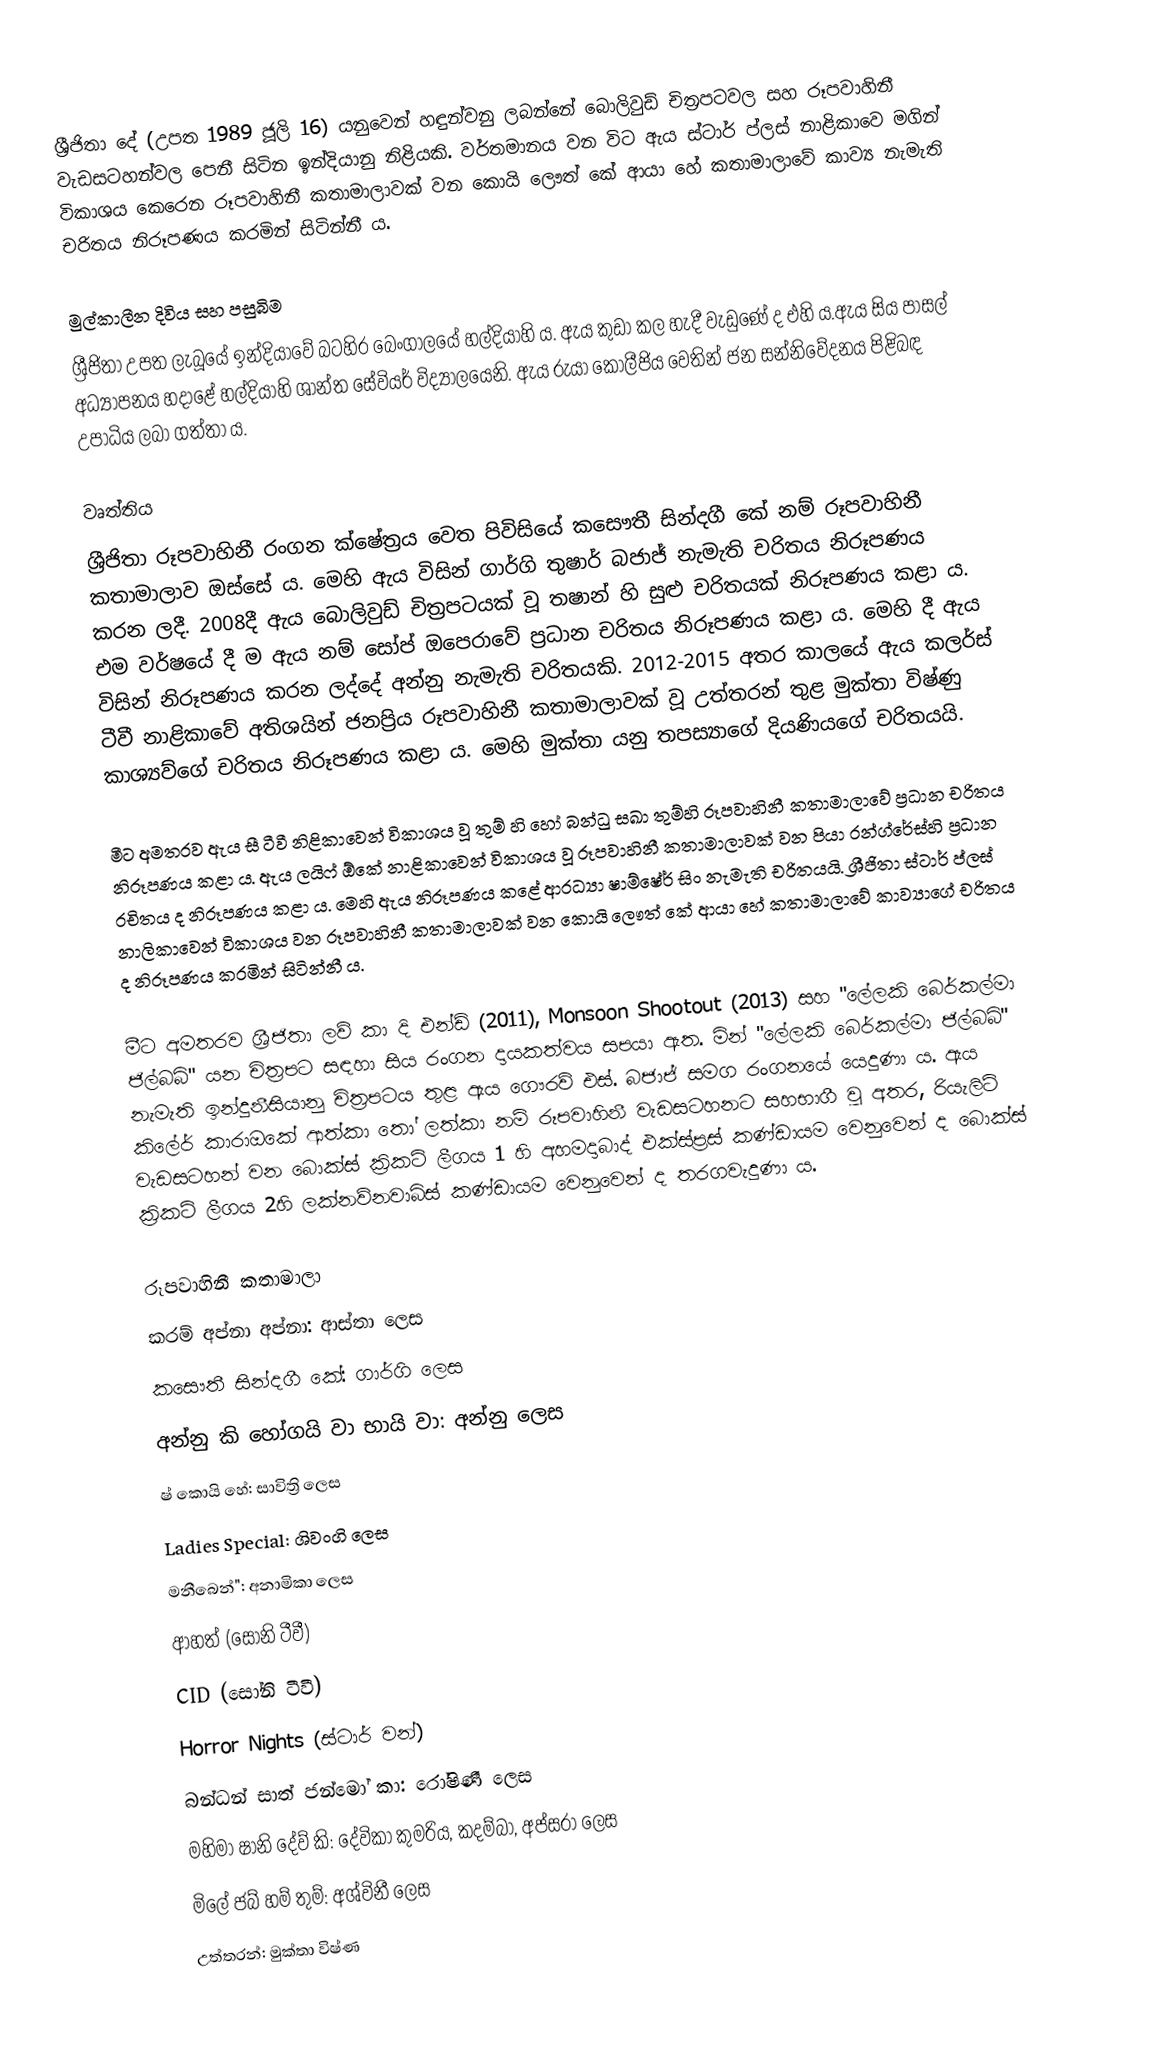
ශ්‍රීජිතා දේ (උපත 1989 ජූලි 16) යනුවෙන් හඳුන්වනු ලබන්නේ බොලිවුඩ් චිත්‍රපටවල සහ රූපවාහිනී වැඩසටහන්වල පෙනී සිටින ඉන්දියානු නිළියකි. වර්තමානය වන විට ඇය ස්ටාර් ප්ලස් නාළිකාවෙ මගින් විකාශය කෙරෙන රූපවාහිනී කතාමාලාවක් වන කොයි ලෞත් කේ ආයා හේ කතාමාලාවේ කාව්‍ය නැමැති චරිතය නිරූපණය කරමින් සිටින්නී ය.

මුල්කාලීන දිවිය සහ පසුබිම
ශ්‍රීජිතා උපත ලැබූයේ ඉන්දියාවේ බටහිර බෙංගාලයේ හල්දියාහි ය. ඇය කුඩා කල හැදී වැඩුණේ ද එහි ය.ඇය සිය පාසල් අධ්‍යාපනය හදාළේ හල්දියාහි ශාන්ත සේවියර් විද්‍යාලයෙනි. ඇය රුයා කොලීජිය වෙතින් ජන සන්නිවේදනය පිළිබඳ උපාධිය ලබා ගත්තා ය.

වෘත්තිය
ශ්‍රීජිතා රූපවාහිනී රංගන ක්ෂේත්‍රය වෙත පිවිසියේ කසෞතී සින්දගී කේ නම් රූපවාහිනී කතාමාලාව ඔස්සේ ය. මෙහි ඇය විසින් ගාර්ගි තුෂාර් බජාජ් නැමැති චරිතය නිරූපණය කරන ලදී. 2008දී ඇය බොලිවුඩ් චිත්‍රපටයක් වූ තෂාන් හි සුළු චරිතයක් නිරූපණය කළා ය. එම වර්ෂයේ දී ම ඇය නම් සෝප් ඔපෙරාවේ ප්‍රධාන චරිතය නිරූපණය කළා ය. මෙහි දී ඇය විසින් නිරූපණය කරන ලද්දේ අන්නු නැමැති චරිතයකි. 2012-2015 අතර කාලයේ ඇය කලර්ස් ටීවී නාළිකාවේ අතිශයින් ජනප්‍රිය රූපවාහිනී කතාමාලාවක් වූ උත්තරන් තුළ මුක්තා විෂ්ණු කාශ්‍යව්ගේ චරිතය නිරූපණය කළා ය. මෙහි මුක්තා යනු තපස්‍යාගේ දියණියගේ චරිතයයි.

මීට අමතරව ඇය සී ටීවී නිළිකාවෙන් විකාශය වූ තුම් හි හෝ බන්ධු සඛා තුම්හි රූපවාහිනී කතාමාලාවේ ප්‍රධාන චරිතය නිරූපණය කළා ය. ඇය ලයිෆ් ඕකේ නාළිකාවෙන් විකාශය වූ රූපවාහිනී කතාමාලාවක් වන පියා රන්ග්රේස්හි ප්‍රධාන රචිතය ද නිරූපණය කළා ය. මෙහි ඇය නිරූපණය කළේ ආරධ්‍යා ෂාම්ෂේර් සිං නැමැති චරිතයයි. ශ්‍රීජිතා ස්ටාර් ප්ලස් නාලිකාවෙන් ‍විකාශය වන රූපවාහිනී කතාමාලාවක් වන කොයි ලෞත් කේ ආයා හේ කතාමාලාවේ කාව්‍යාගේ චරිතය ද නිරූපණය කරමින් සිටින්නී ය.

මීට අමතරව ශ්‍රීජිතා ලව් කා දි එන්ඩ් (2011), Monsoon Shootout (2013) සහ "ලේලකි බෙර්කල්මා ජිල්බබ්" යන චිත්‍රපට සඳහා සිය රංගන දායකත්වය සපයා ඇත. මින් "ලේලකි බෙර්කල්මා ජිල්බබ්" නැමැති ඉන්දුනීසියානු චිත්‍රපටය තුළ ඇය ගෞරව් එස්. බජාජ් සමග රංගනයේ යෙදුණා ය. ඇය කිලේර් කාරාඔකේ ආත්කා තෝ ලත්කා නම් රූපවාහිනී වැඩසටහනට සහභාගී වූ අතර, රියැලිටි වැඩසටහන් වන බොක්ස් ක්‍රිකට් ලීගය 1 හි අහමදාබාද් එක්ස්ප්‍රස් කණ්ඩායම වෙනුවෙන් ද බොක්ස් ක්‍රිකට් ලීගය 2හි ලක්නව්නවාබ්ස් කණ්ඩායම වෙනුවෙන් ද තරගවැදුණා ය.

රූපවාහිනී කතාමාලා
 කරම් අප්නා අප්නා: ආස්තා ලෙස
 කසෞතී සින්දගී කේ: ගාර්ගි ලෙස
 අන්නු කි හෝගයි වා භායි වා: අන්නු ලෙස
 ෂ් කොයි හේ: සාවිත්‍රි ලෙස
 Ladies Special: ශිවංගි‍ ලෙස
 මනීබෙන්": අනාමිකා ලෙස
 ආහත් (සෝනි ටීවී)
 CID (සෝනි ටීවී)
 Horror Nights (ස්ටාර් වන්)
 බන්ධන් සාත් ජන්මෝ කා: රෝෂිණී ලෙස
 මහිමා ෂානි දේව් කි: දේවිකා කුමරිය, කදම්බා, අප්සරා ලෙස
 මිලේ ජබ් හම් තුම්: අශ්විනී ලෙස
 උත්තරන්: මුක්තා විෂ්ණ